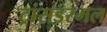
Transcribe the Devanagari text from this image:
ट्रांसडरमल